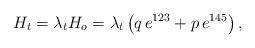
LaTeX: \begin{align*}H_t = \lambda_t H_o = \lambda_t\left( q\,e^{123} + p\, e^{145}\right),\end{align*}